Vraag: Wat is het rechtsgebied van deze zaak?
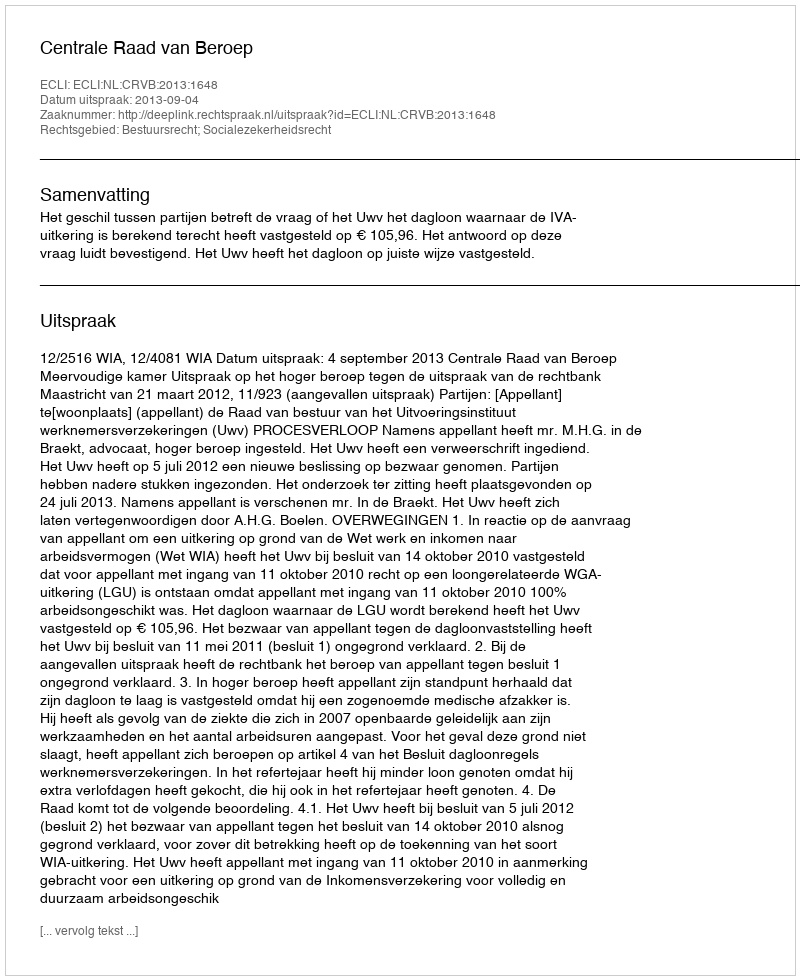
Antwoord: Bestuursrecht; Socialezekerheidsrecht